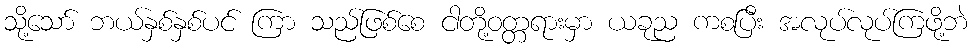
သို့သော် ဘယ်နှစ်နှစ်ပင် ကြာ သည်ဖြစ်စေ ငါတို့ဝတ္တရားမှာ ယခုည ကစပြီး အလုပ်လုပ်ကြဖို့ဘဲ